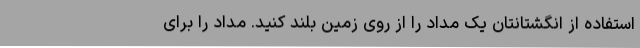
استفاده از انگشتانتان یک مداد را از روی زمین بلند کنید. مداد را برای